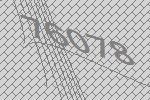
76078